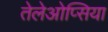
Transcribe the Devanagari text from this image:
तेलेओप्सिया